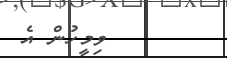
ވިމީހުން އެ